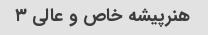
هنرپیشه خاص و عالی ۳